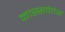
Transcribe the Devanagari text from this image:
कास्सवेतेस